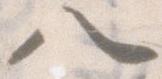
八